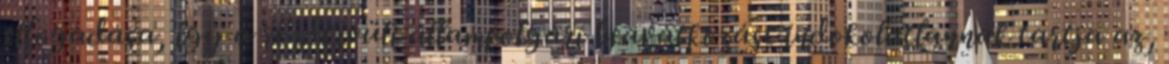
elfogadása, így a rendkívüli állampolgári beavatkozást indokolatlannak tartja az,